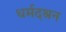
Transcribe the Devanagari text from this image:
धर्मदश्रन